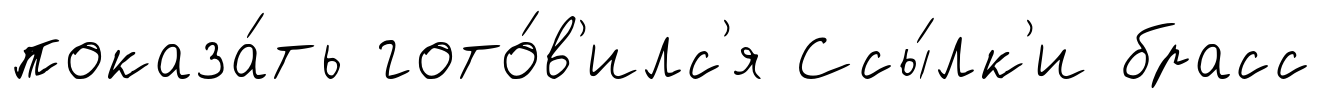
показа́ть гото́в'илс'я Ссы́лк'и брасс